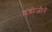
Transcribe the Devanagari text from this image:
इंद्रोजीने